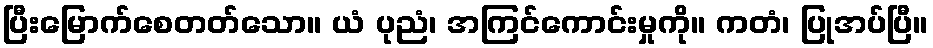
ပြီးမြောက်စေတတ်သော။ ယံ ပုညံ၊ အကြင်ကောင်းမှုကို။ ကတံ၊ ပြုအပ်ပြီ။